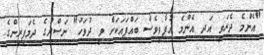
"އެންމެ ދެރަވީ އަދި އެންމެ އުފާވީވެސް ބައްޕައަކަށް ވީ ދުވަހު" ނަސްރުގެ ދެމަފިރިންގެ